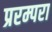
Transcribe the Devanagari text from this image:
प्ररम्परा